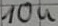
Text: 10µF